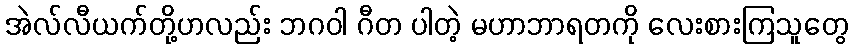
အဲလ်လီယက်တို့ဟလည်း ဘဂဝါ ဂီတ ပါတဲ့ မဟာဘာရတကို လေးစားကြသူတွေ